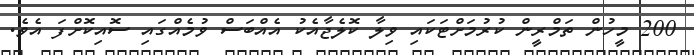
200 މީހުން ތަމްރީން ކުރުމަށްޓަކައި ވިލާ ކޮލެޖާއެކު އެއްބަސް ވުމެއްގައި ސޮއިކޮށްފަ އެވެ.